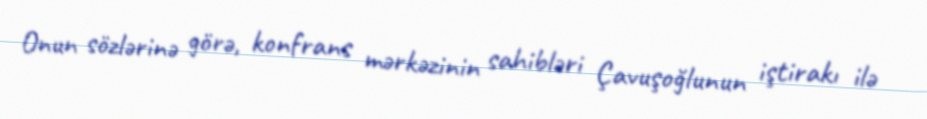
Onun sözlərinə görə, konfrans mərkəzinin sahibləri Çavuşoğlunun iştirakı ilə